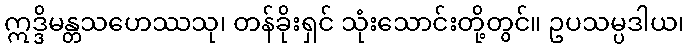
ဣဒ္ဒိမန္တသဟေဿသု၊ တန်ခိုးရှင် သုံးသောင်းတို့တွင်။ ဥပသမ္ပဒါယ၊